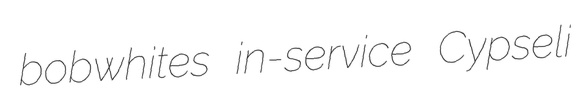
bobwhites in-service Cypseli